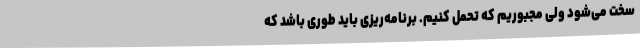
سخت می‌شود ولی مجبوریم که تحمل کنیم. برنامه‌ریزی باید طوری باشد که